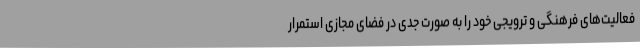
فعالیت‌های فرهنگی و ترویجی خود را به صورت جدی در فضای مجازی استمرار